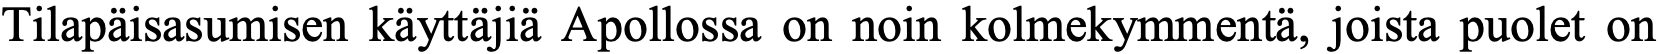
Tilapäisasumisen käyttäjiä Apollossa on noin kolmekymmentä, joista puolet on